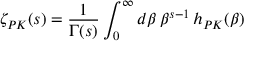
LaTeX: \zeta _ { P { \cal K } } ( s ) = \frac { 1 } { \Gamma ( s ) } \int _ { 0 } ^ { \infty } d \beta \, \beta ^ { s - 1 } \, h _ { P { \cal K } } ( \beta )